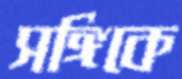
সঙ্গিকে